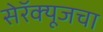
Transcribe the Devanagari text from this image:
सेरॅक्यूजचा